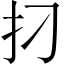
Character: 𰒺